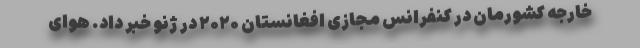
خارجه کشورمان در کنفرانس مجازی افغانستان ۲۰۲۰ در ژنو خبر داد. هوای